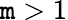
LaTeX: \mathtt{m}>1